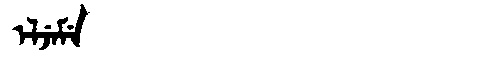
Manchu: ᡝᠯᠵᡝᠮᡝ
Romanization: ELJEME